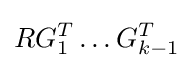
RG_{1}^{T}\dots G_{k-1}^{T}